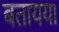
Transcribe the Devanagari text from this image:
बतायया